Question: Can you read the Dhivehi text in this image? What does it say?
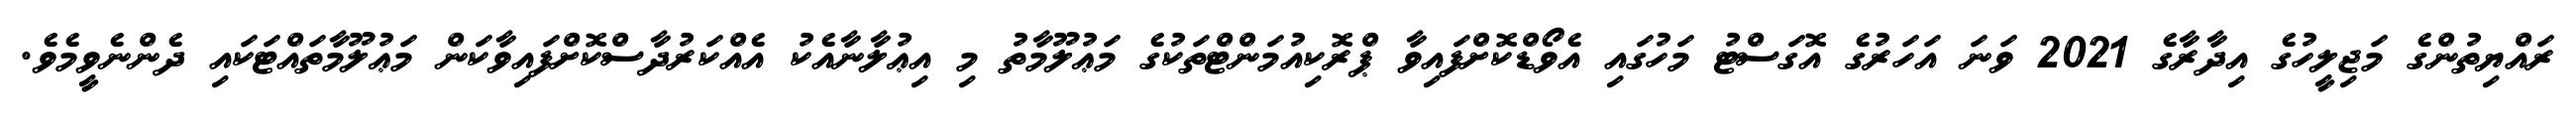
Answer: ރައްޔިތުންގެ މަޖިލީހުގެ އިދާރާގެ 2021 ވަނަ އަހަރުގެ އޮގަސްޓު މަހުގައި އެވޯޑްކޮށްފައިވާ ޕްރޮކިއުމަންޓްތަކުގެ މަޢުލޫމާތު މި އިޢުލާނާއެކު އެއްކަރުދާސްކޮށްފައިވާކަން މަޢުލޫމާތައްޓަކައި ދެންނެވީމެވެ.